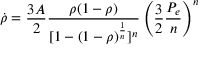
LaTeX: { \dot { \rho } } = { \frac { 3 A } { 2 } } { \frac { \rho ( 1 - \rho ) } { [ 1 - ( 1 - \rho ) ^ { \frac { 1 } { n } } ] ^ { n } } } \left( { \frac { 3 } { 2 } } { \frac { P _ { e } } { n } } \right) ^ { n }